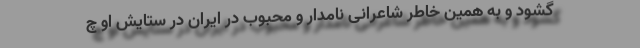
گشود و به همین خاطر شاعرانی نامدار و محبوب در ایران در ستایش او چ